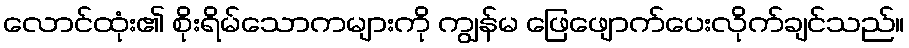
လောင်ထုံး၏ စိုးရိမ်သောကများကို ကျွန်မ ဖြေဖျောက်ပေးလိုက်ချင်သည်။